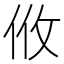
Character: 𢻺